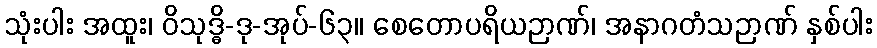
သုံးပါး အထူး၊ ဝိသုဒ္ဓိ-ဒု-အုပ်-၆၃။ စေတောပရိယဉာဏ်၊ အနာဂတံသဉာဏ် နှစ်ပါး